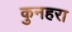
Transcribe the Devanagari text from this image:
कुनहरा